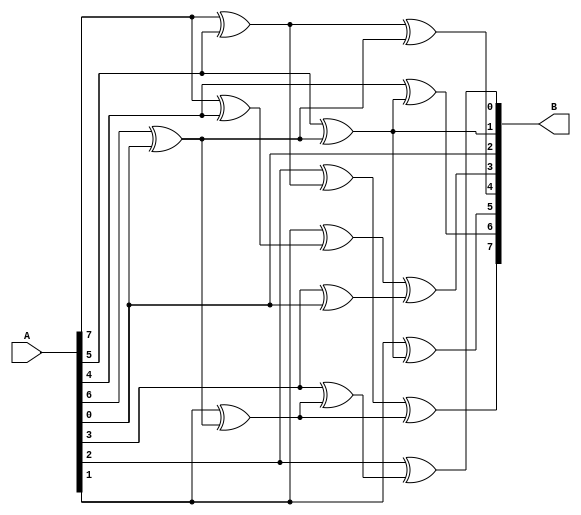
`timescale 1ns / 1ps
//////////////////////////////////////////////////////////////////////////////////
// Company: 
// Engineer: 
// 
// Design Name: 
// Module Name:    lin_map 
// Project Name: 
// Target Devices: 
// Tool versions: 
// Description: 
//
// Dependencies: 
//
// Revision: 
// Revision 0.01 - File Created
// Additional Comments: 
//
//////////////////////////////////////////////////////////////////////////////////
//linear mapping at input
module lin_map ( 
   input [7:0] A,
   output [7:0] B
   );
  
  wire R1, R2, R3, R4, R5, R6, R7, R8, R9;
  
  assign R1 = A[7] ^ A[5] ;
  assign R2 = A[7] ^ A[4] ;
  assign R3 = A[6] ^ A[0] ;
  assign R4 = A[5] ^ R3 ;
  assign R5 = A[4] ^ R4 ;
  assign R6 = A[3] ^ A[0] ;
  assign R7 = A[2] ^ R1 ;
  assign R8 = A[1] ^ R3 ;
  assign R9 = A[3] ^ R8 ;
  assign B[7] = R7 ^ R8 ;
  assign B[6] = R5 ;
  assign B[5] = A[1] ^ R4 ;
  assign B[4] = R1 ^ R3 ;
  assign B[3] = A[1] ^ R2 ^ R6 ;
  assign B[2] =  A[0] ;
  assign B[1] = R4 ;
  assign B[0] = A[2] ^ R9 ;
  
endmodule